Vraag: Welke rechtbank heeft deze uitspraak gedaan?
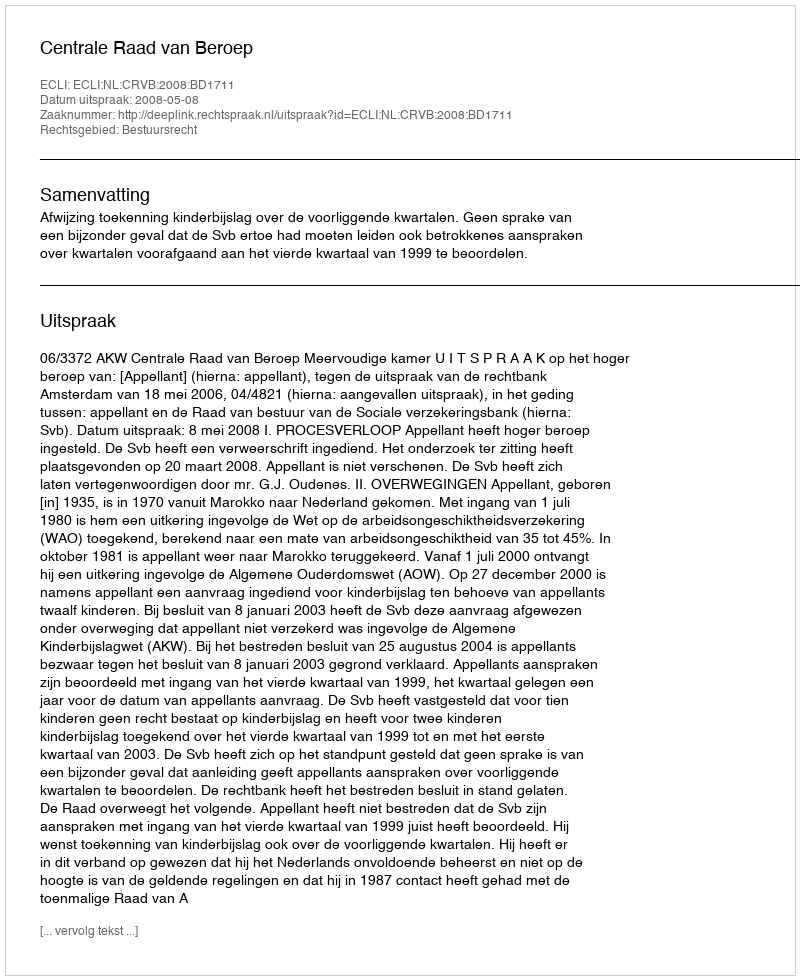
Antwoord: Centrale Raad van Beroep